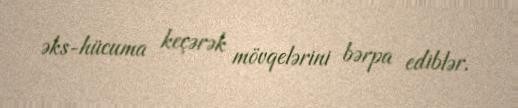
əks-hücuma keçərək mövqelərini bərpa ediblər.